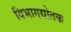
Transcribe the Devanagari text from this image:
विभागद्योतक